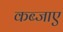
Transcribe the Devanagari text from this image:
कब्जाए